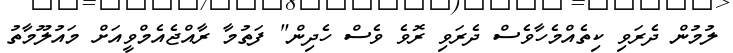
ލުމުން ދެރަވި ކިތެއްމެހާވެސް ދެރަވި ރޮވެ ވެސް ހެދިން" ފަތުމާ ރާއްޖެއެމްވީއަށް މައުލޫމާތު